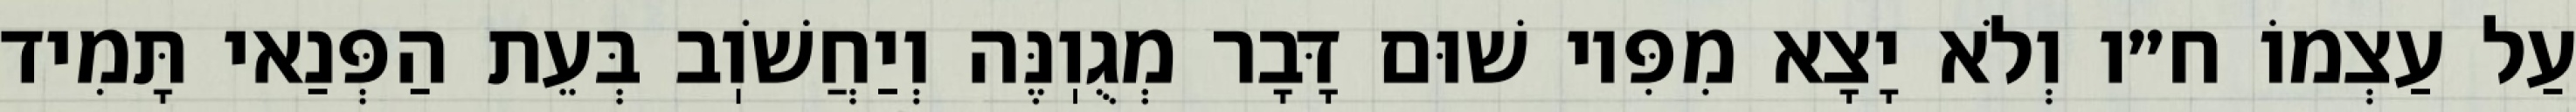
עַל עַצְמוֹ ח״ו וְלֹא יָצָא מִפִּיו שׁוּם דָּבָר מְגֻוֽנֶּה וְיַחֲשֹׁוֽב בְּעֵת הַפְּנַאי תָּמִיד